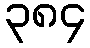
၃၈၄